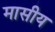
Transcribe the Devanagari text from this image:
मासीय